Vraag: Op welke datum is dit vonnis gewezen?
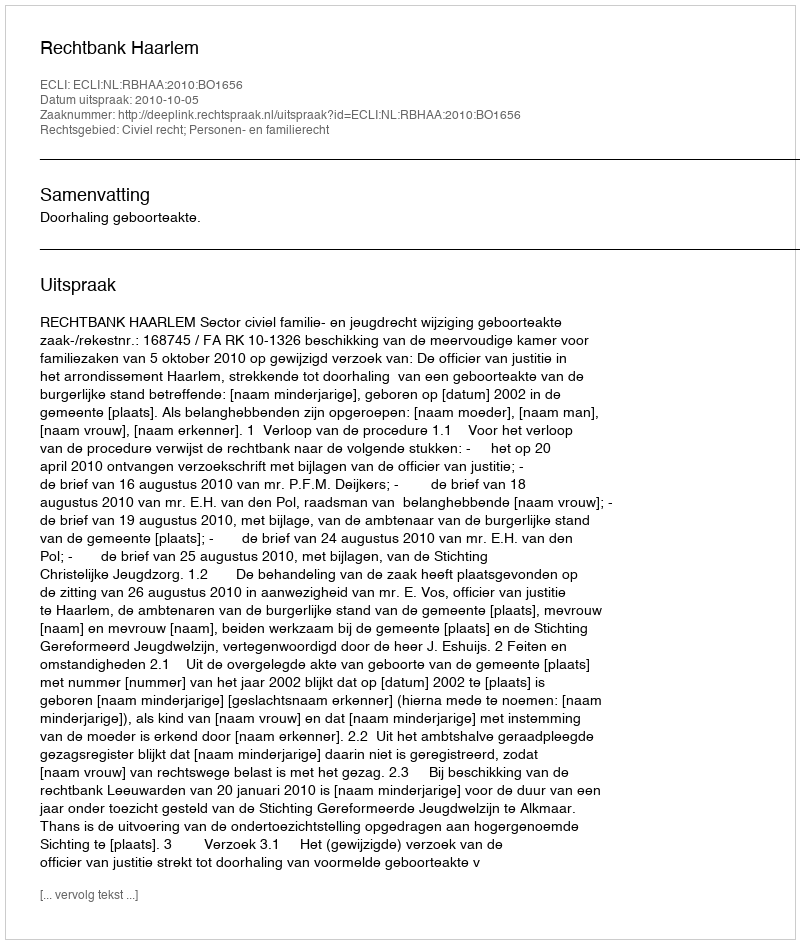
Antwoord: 2010-10-05